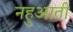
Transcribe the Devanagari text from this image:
नहुआती